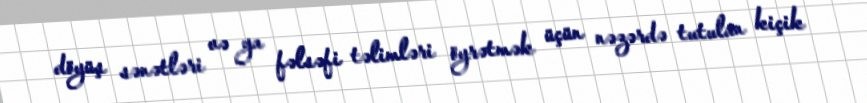
döyüş sənətləri və ya fəlsəfi təlimləri öyrətmək üçün nəzərdə tutulan kiçik